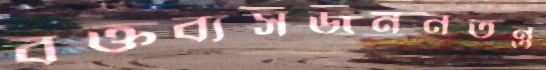
বক্তব্যসজননতন্ত্